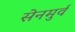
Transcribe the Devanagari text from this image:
सेनमुर्व